Report on horse surra - Volume II, Part II
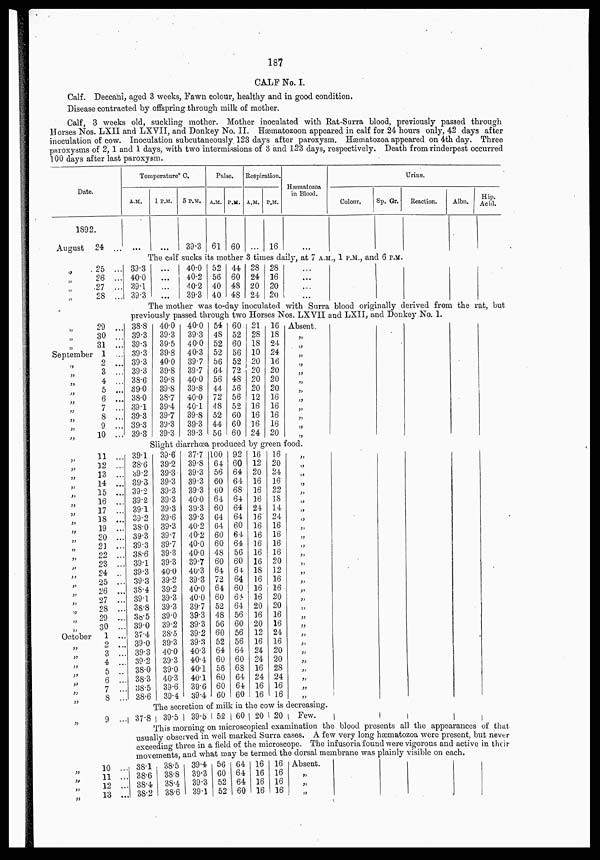
187
CALF No. I.
Calf. Deccani, aged 3 weeks, Fawn colour, healthy and in good condition.
Disease contracted by offspring through milk of mother.
Calf, 3 weeks old, suckling mother. Mother inoculated with Rat-Surra blood, previously passed through
Horses Nos. LXII and LXVII, and Donkey No. II. Hæmatozoon appeared in calf for 24 hours only, 42 days after
inoculation of cow. Inoculation subcutaneously 123 days after paroxysm. Hæmatozoa appeared on 4th day. Three
paroxysms of 2, 1 and 1 days, with two intermissions of 3 and 123 days, respectively. Death from rinderpest occurred
100 days after last paroxysm.
Date.
1892.
August 24 ...
Temperature°C.
A.M.
...
1 P.M.
...
5 P.M.
39.3
Pulse.
A.M.
61
P.M.
60
Respiration.
A.M. P.M.
16
Hæmatozoa
in Blood.
...
Urine.
Colour.
Sp. Gr.
Reaction.
Albn.
Hip.
Acid.
The calf sucks its mother 3 times daily, at 7 A.M., 1 P.M., and 6 P.M.
„ 25 ...
„ 26 ...
„ 27 ...
„
28 ...
39.3
40.0
39.1
39.3
...
...
...
40.0
40.2
40.2
39.3
52
56
40
40
44
60
48
48
28
24
20
24
28
16
20
20
...
...
...
The mother was to-day inoculated with Surra blood originally derived from the rat, but
previously passed through two Horses Nos. LXVII and LXII, and Donkey No. 1.
„ 29 ...
„ 30 ...
„ 31 ...
September 1 ...
„
2 ...
„ 3 ...
„ 4
„ 5 ...
„ 6 ...
„ 7 ...
„ 8 ...
„ 9 ...
„ 10 ...
38.8
39.3
39.3
39.3
39.3
39.3
38.6
39.0
38.0
39.1
39.3
39.3
39.3
40.0
39.3
39.5
39.8
40.0
39.8
39.8
39.8
38.7
39.4
39.7
39.3
39.3
40.0
39.3
40.0
40.3
39.7
39.7
40.0
39.8
40.0
40.1
39.8
39.3
39.3
54
48
52
52
56
64
56
44
72
48
52
44
56
60
52
60
56
52
72
48
56
56
52
60
60
60
21
28
18
10
20
20
20
20
12
16
16
16
24
16
18
24.
24
16
20
20
20
16
16
16
16
20
Absent.
„
„
„
„
„
„
„
„
„
„
„
„
Slight diarrhoea produced by green food.
„ 11 ...
„ 12 ...
„ 13 ...
„ 14 ...
„ 15 ...
„ 16 ...
„ 17 ...
„ 18 ...
„ 19 ...
„ 20 ...
„ 21 ...
„ 22 ...
„ 23 ....
„ 24 ..
„ 25 ...
„ 26 ..
„ 27 ...
„ 28 ...
„ 29 ...
„ 30 ...
October 1...
„ 2 ...
„ 3
„ 4 ...
„ 5 ...
„ 6 ...
„ 7 ...
„ 8 ...
39.1
38.6
39.2
39.3
39.2
39.2
39.1
39.2
38.0
39.3
39.3
38.6
39.1
39.3
39.3
38.4
39.1
38.8
38.5
39.0
37.4
39.0
39.3
39.2
38.0
38.3
38.5
38.6
39.6
39.2
39.3
39.3
39.3
39.3
39.3
39.6
39.3
39.7
39.7
39.3
39.3
40.0
39.2
39.2
39.3
39.3
39.0
39.2
38.5
39.3
40.0
39.3
39.0
40.3
39.6
39.4
37.7
39.8
39.3
39.3
39.3
40.0
39.3
39.3
40.2
40.2
40.0
40.0
39.7
40.3
39.3
40.0
40.0
39.7
39.3
39.3
39.2
39.3
40.3
40.4
40.1
40.1
39.6
39.4
100
64
56
60
60
64
60
64
64
60
60
48
60
64
72
64
60
52
48
56
60
52
64
60
56
60
60
60
92
60
64
64
68
64
64
64
60
64
64
56
60
64
64
60
64
64
56
60
56
56
64
60
68
64
64
60
16
12
20
16
16
16
24
16
16
16
16
16
16
18
16
16
16
20
16
20
12
16
24
24
16
24
16
16
16
20
24
16
22
18
14
24
16
16
16
16
20
12
16
16
20
20
16
16
24
16
20
20
28
24
16
16
„
„
„
„
„
„
„
„
„
„
„
„
„
„
„
„
„
„
„
„
„
„
„
„
„
„
„
„
„
The secretion of milk in the cow is decreasing.
„ 9 ... 37.8 39.5
39.5 52 60 20 20
Few.
.
„
This morning on microscopical examination the blood presents all the appearances of that
usually observed in well marked Surra cases. A few very long hæmatozoa were present, but never
exceeding three in a field of the microscope. The infusoria found were vigorous and active in their
movements, and what may be termed the dorsal membrane was plainly visible on each.
„ 10 ...
„ 11 ...
„
12 ...
„ 13 ...
38.1
38.6
38.4
38.2
38.5
38.8
38.4
38.6
39.4
39.3
39.3
39.1
56
60
52
52
64
64
64
60
16
16
16
16
16
16
16
16
Absent.
„
„
„